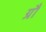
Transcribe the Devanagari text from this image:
ग्रौ